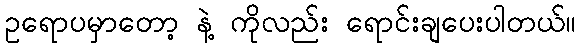
ဥရောပမှာတော့ နဲ့ ကိုလည်း ရောင်းချပေးပါတယ်။